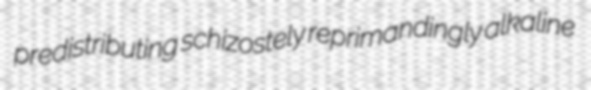
predistributing schizostely reprimandingly alkaline